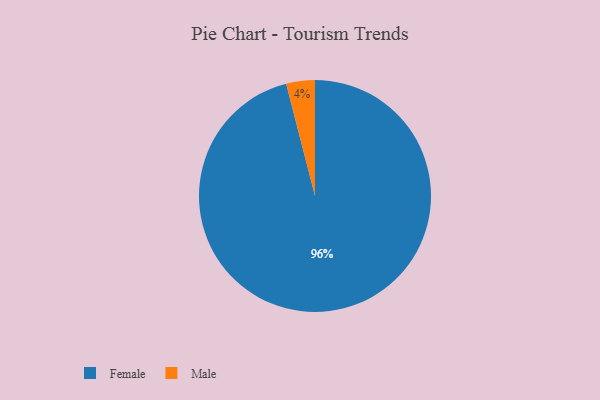
{"axis": {"x": "Category", "y": "Percentage"}, "legend": ["Female", "Male"], "data": [{"x": "Male", "y": 4, "type": "Male"}, {"x": "Female", "y": 96, "type": "Female"}]}